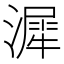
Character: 漽